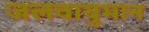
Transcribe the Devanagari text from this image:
जलवायुमान